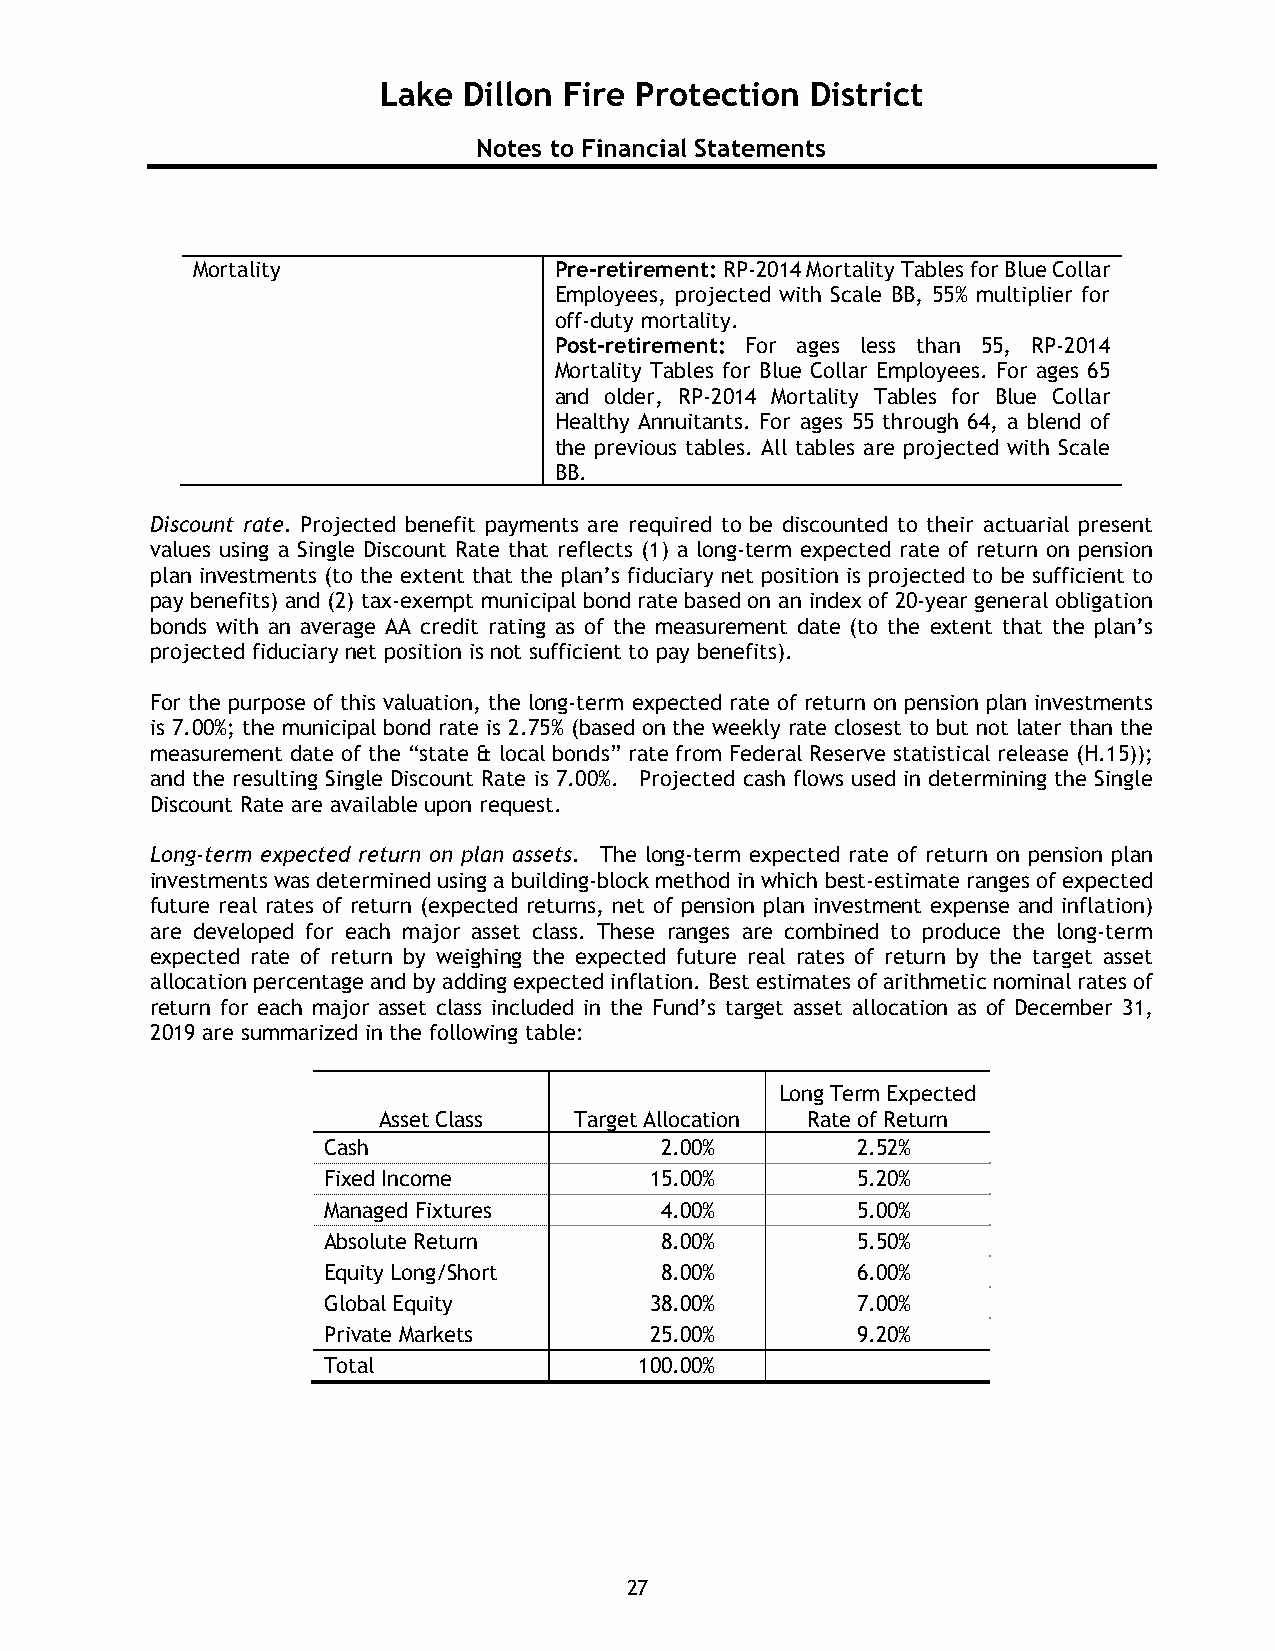
Lake  Dillon Fire Protection District
 Notes to Financial Statements
 Mortality               Pre-retirement: RP-2014 Mortality Tables for Blue Collar
 Employees, projected with Scale BB, 55% multiplier for
 off-duty mortality.
 Post-retirement: For ages less than 55, RP-2014
 Mortality Tables for Blue Collar Employees. For ages 65
 and older, RP-2014 Mortality Tables for Blue Collar
 Healthy Annuitants. For ages 55 through 64, a blend of
 the previous tables. All tables are projected with Scale
 BB.
 Discount rate. Projected benefit payments are required to be discounted to their actuarial present
 values using a Single Discount Rate that reflects (1) a long-term expected rate of return on pension
 plan investments (to the extent that the plan’s fiduciary net position is projected to be sufficient to
 pay benefits) and (2) tax-exempt municipal bond rate based on an index of 20-year general obligation
 bonds with an average AA credit rating as of the measurement date (to the extent that the plan’s
 projected fiduciary net position is not sufficient to pay benefits).
 For the purpose of this valuation, the long-term expected rate of return on pension plan investments
 is 7.00%; the municipal bond rate is 2.75% (based on the weekly rate closest to but not later than the
 measurement date of the “state & local bonds” rate from Federal Reserve statistical release (H.15));
 and the resulting Single Discount Rate is 7.00%. Projected cash flows used in determining the Single
 Discount Rate are available upon request.
 Long-term expected return on plan assets. The long-term expected rate of return on pension plan
 investments was determined using a building-block method in which best-estimate ranges of expected
 future real rates of return (expected returns, net of pension plan investment expense and inflation)
 are developed for each major asset class. These ranges are combined to produce the long-term
 expected rate of return by weighing the expected future real rates of return by the target asset
 allocation percentage and by adding expected inflation. Best estimates of arithmetic nominal rates of
 return for each major asset class included in the Fund’s target asset allocation as of December 31,
 2019 are summarized in the following table:
 Long Term Expected
 Asset Class  Target Allocation Rate of Return
 Cash                   2.00%        2.52%
 Fixed Income          15.00%        5.20%
 Managed Fixtures       4.00%        5.00%
 Absolute Return        8.00%        5.50%
 Equity Long/Short      8.00%        6.00%
 Global Equity         38.00%        7.00%
 Private Markets       25.00%        9.20%
 Total                100.00%
 27